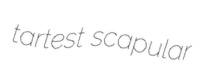
tartest scapular